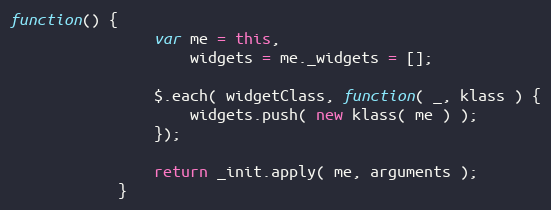
Language: JavaScript
function() {
                var me = this,
                    widgets = me._widgets = [];

                $.each( widgetClass, function( _, klass ) {
                    widgets.push( new klass( me ) );
                });

                return _init.apply( me, arguments );
            }